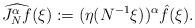
LaTeX: \begin{align*}\widehat{J^\alpha_N f}(\xi):= (\eta(N^{-1}\xi))^\alpha \hat{f}(\xi). \end{align*}